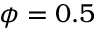
\phi = 0 . 5